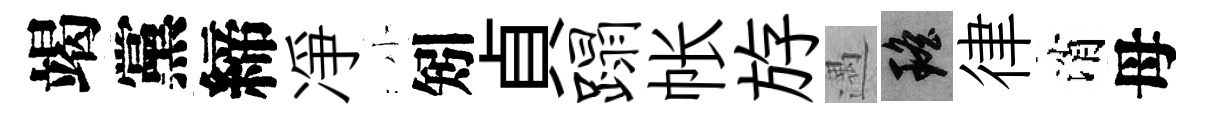
竭黨締凈小矧貞蹋帐斿遇瑶律消母